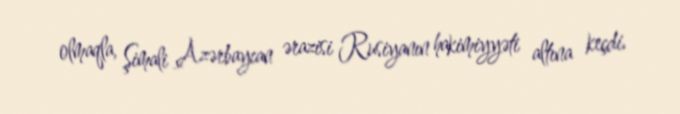
olmaqla, Şimali Azərbaycan ərazisi Rusiyanın hakimiyyəti altına keçdi.